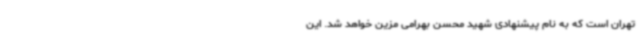
تهران است که به نام پیشنهادی شهید محسن بهرامی مزین خواهد شد. این